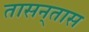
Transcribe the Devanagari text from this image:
तासन्‌तास